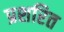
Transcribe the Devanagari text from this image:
प्रशरित